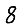
Digit: 8